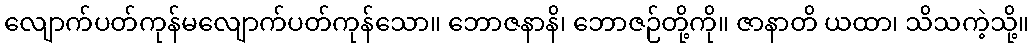
လျောက်ပတ်ကုန်မလျောက်ပတ်ကုန်သော။ ဘောဇနာနိ၊ ဘောဇဉ်တို့ကို။ ဇာနာတိ ယထာ၊ သိသကဲ့သို့။